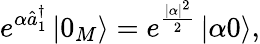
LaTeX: e^{\alpha\hat{a}_{1}^{\dagger}}\left\vert 0_{M}\right\rangle=e^{\frac{|\alpha|^{2}}{2}}\left\vert\alpha 0\right\rangle,